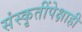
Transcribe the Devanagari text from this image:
संस्कृतींपेक्षाही